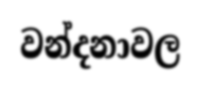
වන්දනාවල